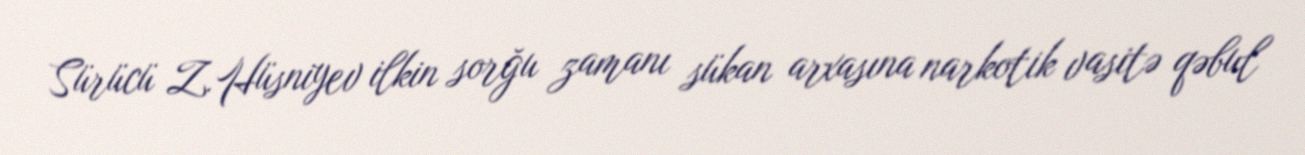
Sürücü Z.Hüsniyev ilkin sorğu zamanı sükan arxasına narkotik vasitə qəbul